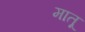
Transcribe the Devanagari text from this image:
मातू